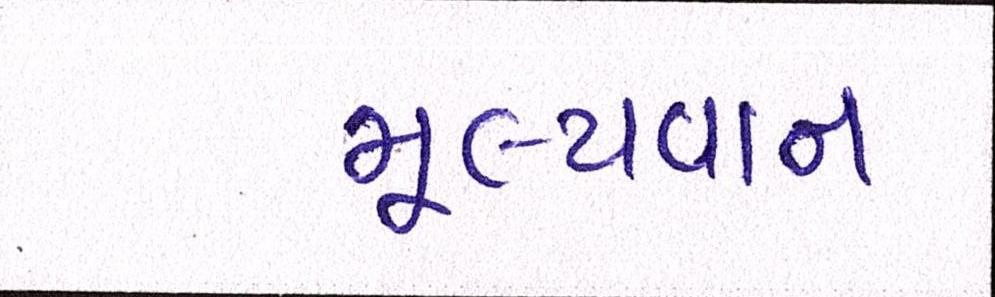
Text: મૂલ્યવાન